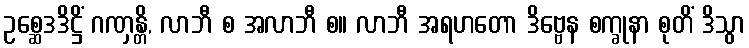
ဥစ္ဆေဒဒိဋ္ဌိံ ဂဏှန္တိ, လာဘီ စ အလာဘီ စ။ လာဘီ အရဟတော ဒိဗ္ဗေန စက္ခုနာ စုတိံ ဒိသွာ